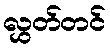
လွှတ်တင်